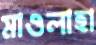
মাওলাহা